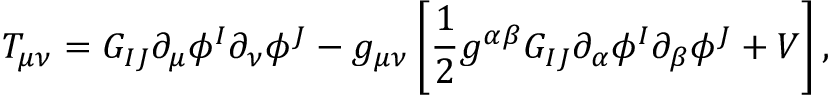
T _ { \mu \nu } = G _ { I J } \partial _ { \mu } \phi ^ { I } \partial _ { \nu } \phi ^ { J } - g _ { \mu \nu } \left[ { \frac { 1 } { 2 } } g ^ { \alpha \beta } G _ { I J } \partial _ { \alpha } \phi ^ { I } \partial _ { \beta } \phi ^ { J } + V \right] ,